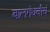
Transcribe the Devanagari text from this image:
बालगंधर्वांचं